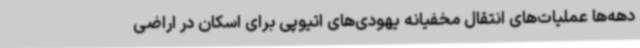
دهه‌ها عملیات‌های انتقال مخفیانه یهودی‌های اتیوپی برای اسکان در اراضی